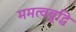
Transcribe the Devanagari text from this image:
ममत्वबुद्धि